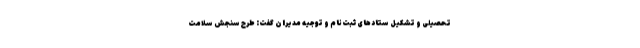
تحصیلی و تشکیل ستادهای ثبت‌نام و توجیه مدیران گفت: طرح سنجش سلامت